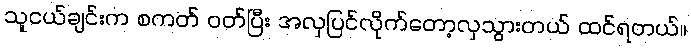
သူငယ်ချင်းက စကတ် ဝတ်ပြီး အလှပြင်လိုက်တော့လှသွားတယ် ထင်ရတယ်။